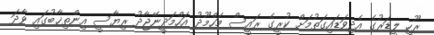
ރޫހީ ލީޑަރުގެ އެދިވަޑައިގަތުމަށް ކުރީގެ ރައީސް މަހްމޫދު އަހްމަދީނޭޖާދު ރިޔާސީ އިންތިޚާބުގައި ވާދަ